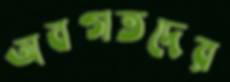
অবগতদের